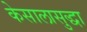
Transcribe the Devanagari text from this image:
केसालासुद्धा